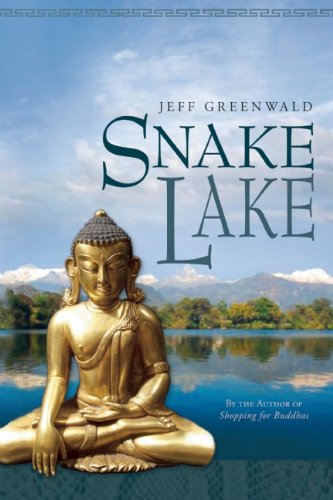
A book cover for Snake Lake; Jeff Greenwald; Travel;